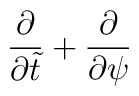
{\partial \over \partial \tilde{t}} + {\partial \over \partial \psi}